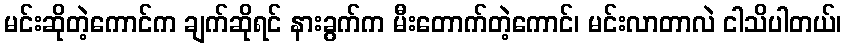
မင်းဆိုတဲ့ကောင်က ချက်ဆိုရင် နားခွက်က မီးတောက်တဲ့ကောင်၊ မင်းလာတာလဲ ငါသိပါတယ်၊